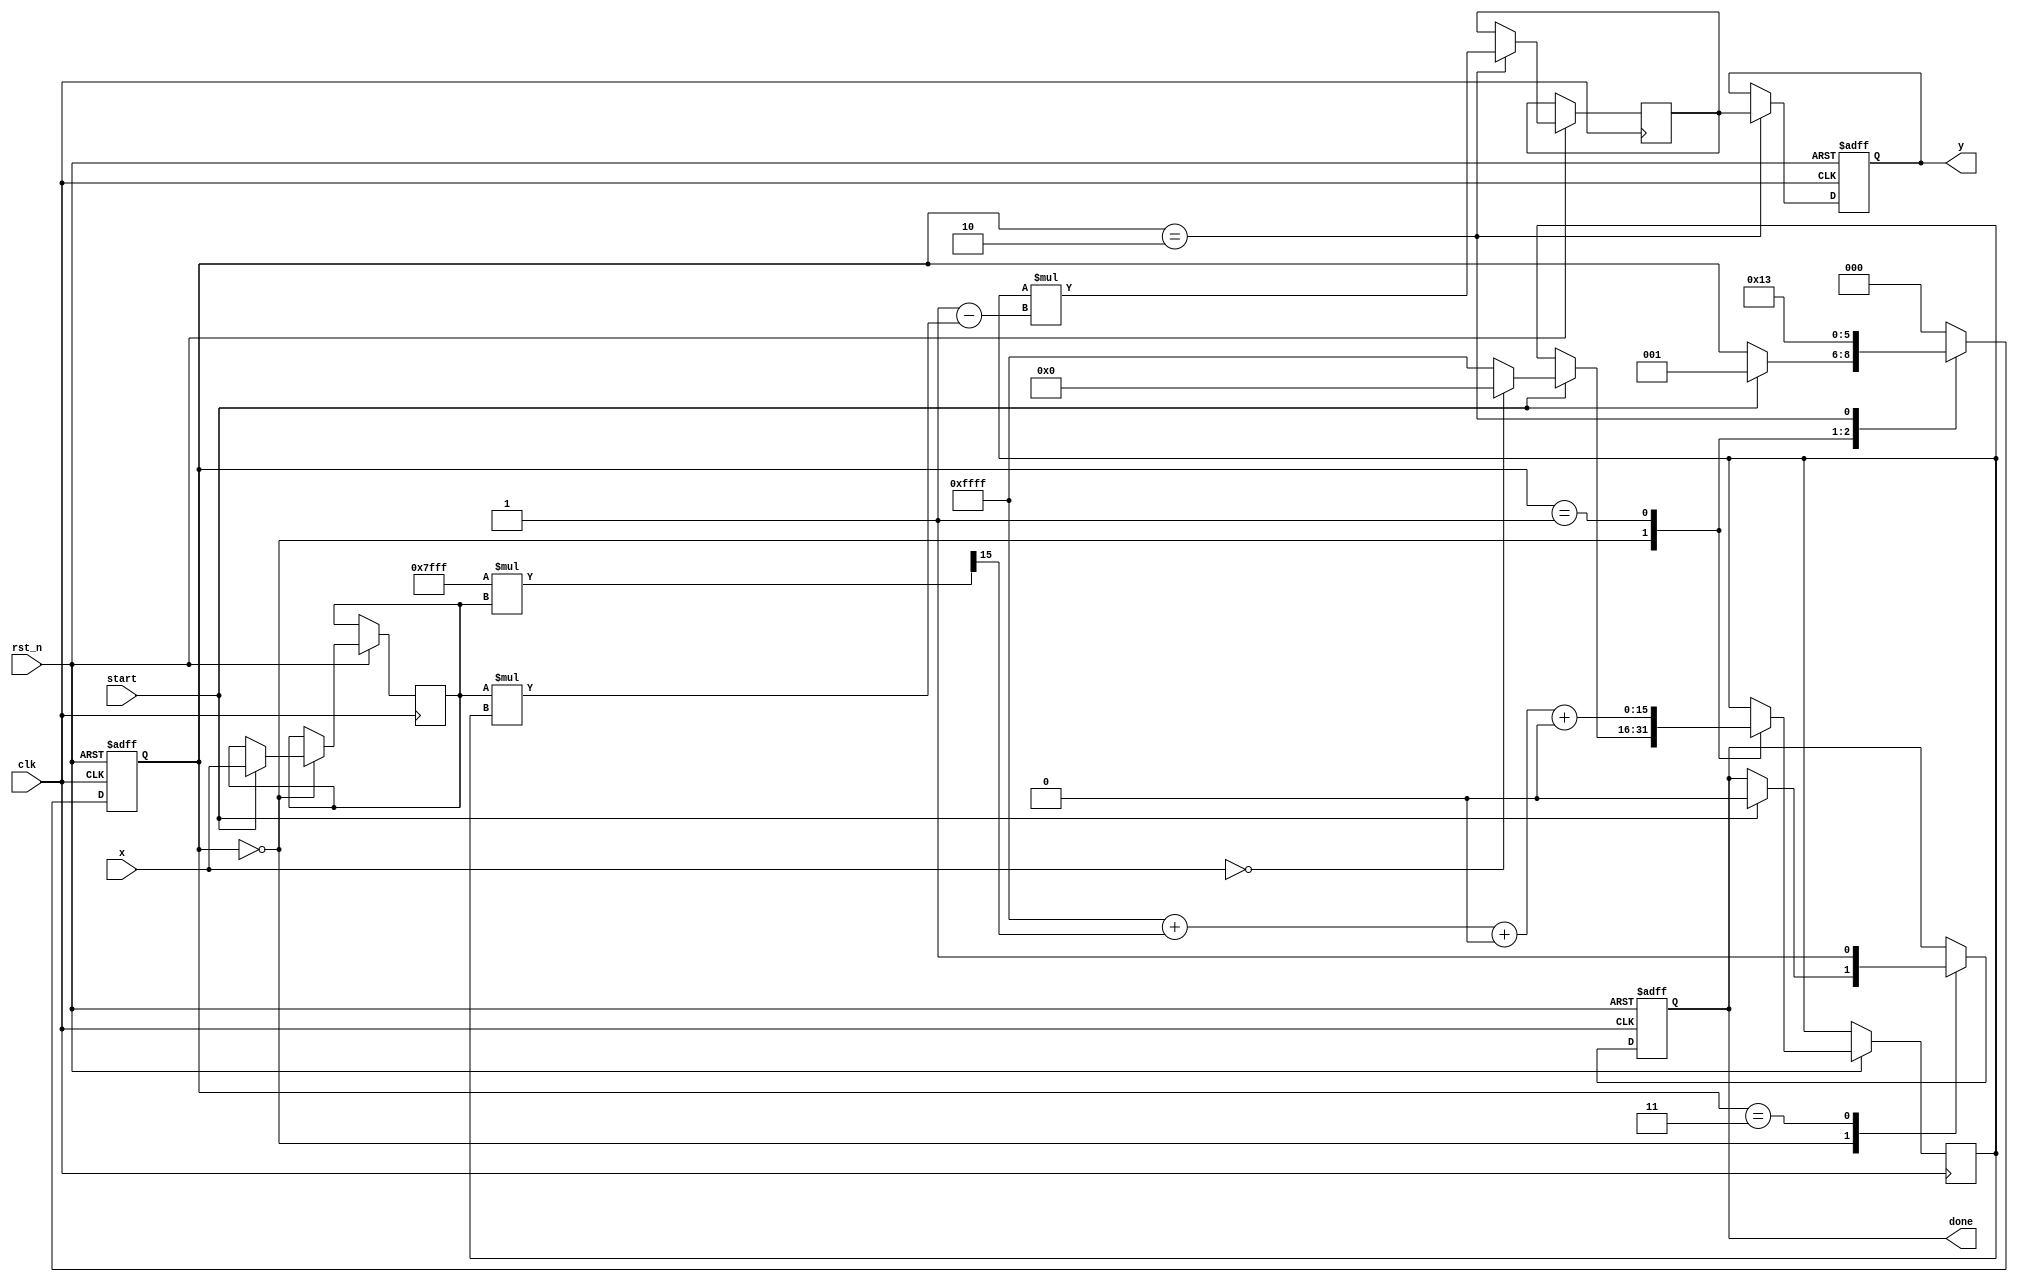
module Polynomial_Approximation_Reciprocal #(
    parameter N = 16,  // Input width
    parameter M = 16,  // Output width
    parameter K = 3    // Degree of polynomial
)(
    input  wire [N-1:0] x,      // Input value
    input  wire clk,             // Clock
    input  wire rst_n,           // Reset (active low)
    input  wire start,           // Start signal
    output reg  [M-1:0] y,       // Output reciprocal
    output reg  done             // Done signal
);

    // Polynomial coefficients for approximation
    localparam [M-1:0] a0 = 16'hFFFF; // Example coefficients
    localparam [M-1:0] a1 = 16'h7FFF;
    localparam [M-1:0] a2 = 16'h3FFF;
    localparam [M-1:0] a3 = 16'h1FFF;

    reg [N-1:0] x_reg;
    reg [M-1:0] approx;
    reg [M-1:0] refined;
    reg [2:0] state;
    
    localparam IDLE = 3'b000,
               APPROX = 3'b001,
               REFINE = 3'b010,
               DONE = 3'b011;

    // Initial guess for inputs close to zero
    function [M-1:0] initial_guess(input [N-1:0] x);
        begin
            if (x == 0) 
                initial_guess = 16'h0000; // Handle division by zero
            else
                initial_guess = 16'hFFFF; // Default initial guess
        end
    endfunction

    // Polynomial evaluation
    function [M-1:0] polynomial_eval(input [N-1:0] x);
        begin
            polynomial_eval = a0 + (a1 * x >> 15) + (a2 * (x * x >> 30)) + (a3 * (x * x * x >> 45));
        end
    endfunction

    // Iterative refinement using Newton-Raphson
    function [M-1:0] newton_raphson(input [M-1:0] approx, input [N-1:0] x);
        begin
            newton_raphson = approx * (2'h1 - (x * approx)); // R_n+1 = R_n * (2 - x * R_n)
        end
    endfunction

    // State machine for processing
    always @(posedge clk or negedge rst_n) begin
        if (!rst_n) begin
            state <= IDLE;
            y <= 0;
            done <= 0;
        end else begin
            case (state)
                IDLE: begin
                    if (start) begin
                        x_reg <= x;
                        approx <= initial_guess(x);
                        state <= APPROX;
                        done <= 0;
                    end
                end
                
                APPROX: begin
                    approx <= polynomial_eval(x_reg);
                    state <= REFINE;
                end
                
                REFINE: begin
                    refined <= newton_raphson(approx, x_reg);
                    y <= refined;
                    state <= DONE;
                end
                
                DONE: begin
                    done <= 1;
                    state <= IDLE; // Ready for next operation
                end
                
                default: state <= IDLE;
            endcase
        end
    end

endmodule